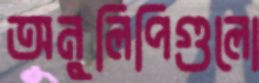
অনুলিপিগুলো